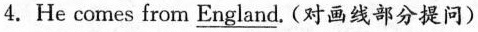
4.He comes from \underline{England}. (对画线部分提问)